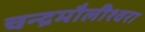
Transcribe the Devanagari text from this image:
चन्‍द्रमौलीश्‍वरा